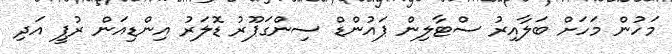
މަހުން މަހަށް ބަލާއިރު ސްޓާލިން ޕައުންޑް ސިންގަޕޫރު ޑޮލަރު އިންޑިއަން ރުޕީ އަދި